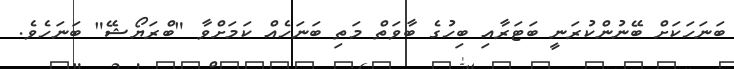
ބަނަހަކަށް ބޭނުންކުރަނީ ބަޓަރާއި ބިހުގެ ބާވަތް މަތި ބަނަހެއް ކަމަށްވާ "ބްރަޔޯޝޭ" ބަނަހެވެ.